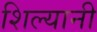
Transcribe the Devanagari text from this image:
शिल्यानी